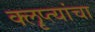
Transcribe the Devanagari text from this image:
क्लृप्त्यांचा